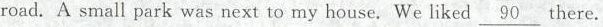
road. A small park was next to my house. We liked \underline{90} there.